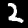
Digit: 2